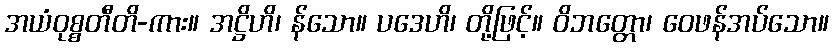
အယံဝုစ္စတီတိ-ကား။ အဋ္ဌိဟိ၊ န်သော။ ပဒေဟိ၊ တို့ဖြင့်။ ဝိဘတ္တော၊ ဝေဖန်အပ်သော။